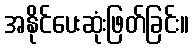
အနိုင်ပေးဆုံးဖြတ်ခြင်း။